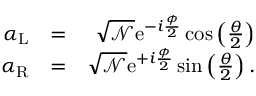
\begin{array} { r l r } { \alpha _ { \mathrm { L } } } & { = } & { \sqrt { { \mathcal N } } \mathrm { e } ^ { - i \frac { \phi } { 2 } } \cos \left( \frac { \theta } { 2 } \right) } \\ { \alpha _ { \mathrm { R } } } & { = } & { \sqrt { { \mathcal N } } \mathrm { e } ^ { + i \frac { \phi } { 2 } } \sin \left( \frac { \theta } { 2 } \right) . } \end{array}